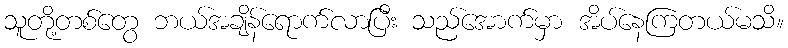
သူတို့တစ်တွေ ဘယ်အချိန်ရောက်လာပြီး သည်အောက်မှာ အိပ်နေကြတယ်မသိ။